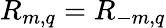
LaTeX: R_{m,q}=R_{-m,q}